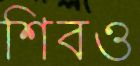
শিবও